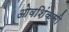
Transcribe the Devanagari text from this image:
ओवशिंक्सी